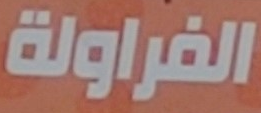
الفراولة